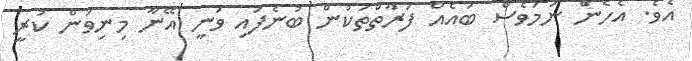
އެވެ. އެހެން ނަމަވެސް ބައެއް ފަރާތްތަކުން ބުނެފައި ވަނީ އޭނާ މިނިވަން ކުރީ